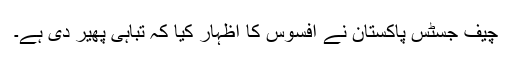
چیف جسٹس پاکستان نے افسوس کا اظہار کیا کہ تباہی پھیر دی ہے۔